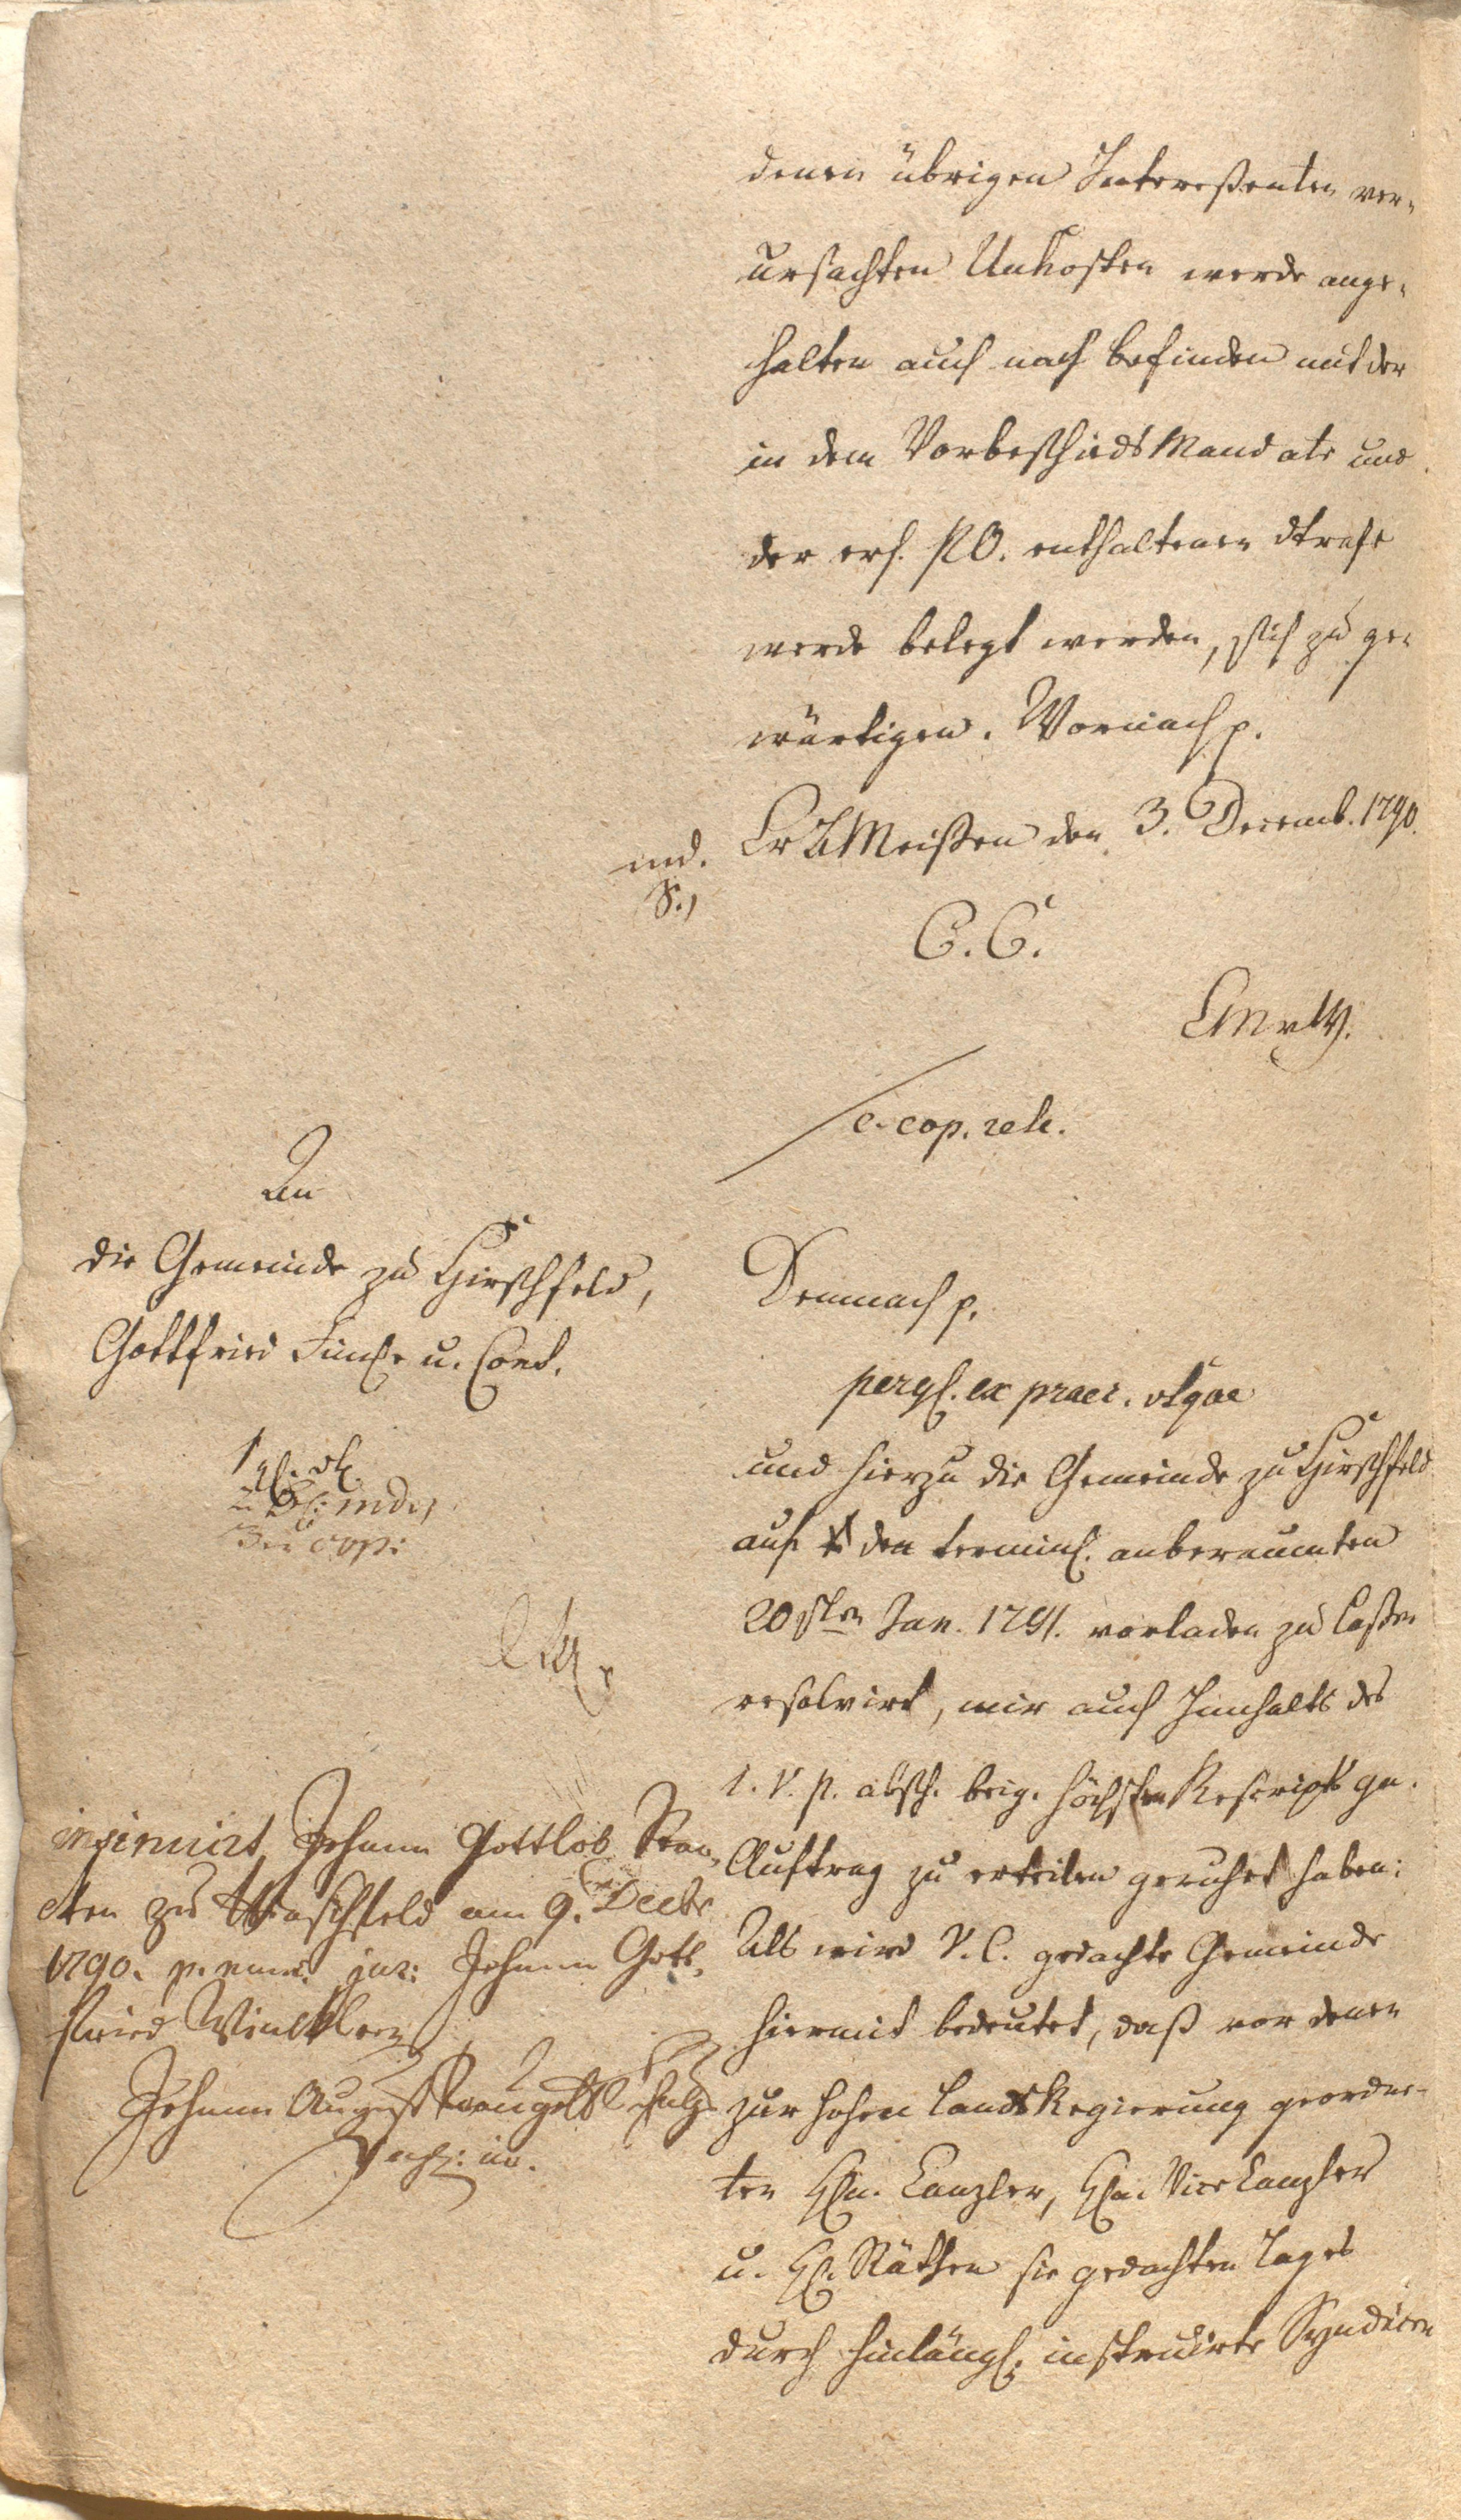
denen übrigen Intereßenten ver¬
ursachten Unkosten werde ange¬
halten auch nach befinden mit der
in dem Vorbescheidsmandate und
der erh. PO. enthaltenen Strafe
werde belegt werden, sich zu ge¬
wärtigen. Wornach etc.
und. CrA Meißen den 3. Decemb. 1790
S.)
C.C. Cmrtv.
/ e-cop. rete.

An
die Gemeinde zu Hirschfeld,
Gottfried Funl. u. Cons.
1 Cl. vh.
2. Bl: indi/
3 cop:

Demnach etc.
pergl. ex praec. utque
und hierzu die Gemeinde zu Hirschfeld
auf t den terminl. anberaumten
20 sten Jan. 1791. vorladen zu laßen
ersolvirt, mir auf Innhalts des
1. V. P. absch. brig. höchsten Rescripts gn.
Auftrag zu erteilen geruhet haben:
Als wird V.C. gedachte Gemeinde
hiermit bedeutet, daß vor denen
zur hohen LandsRegierung geordne¬
ten Hn. Canzler, Hn. Vicecanzler
u. H. Räthen sie gedachten Tages
durch hinlängl. instruierte Syndicen

insinuirt Johann Gottlob Stan¬
ten zu Hirschfeld am 9. Decbr
1790. p. nunc. jur: Johann Gott¬
fried Winckler
Johann August Raugold xxx
Vegl: iur.